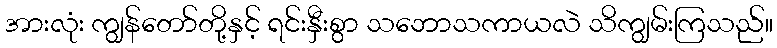
အားလုံး ကျွန်တော်တို့နှင့် ရင်းနှီးစွာ သဘောသကာယလဲ သိကျွမ်းကြသည်။